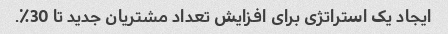
ایجاد یک استراتژی برای افزایش تعداد مشتریان جدید تا 30٪.